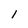
Character: l